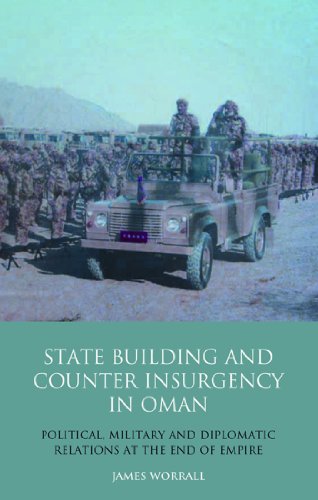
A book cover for Statebuilding and Counterinsurgency in Oman: Political, Military and Diplomatic Relations at the end of Empire (Library of Modern Middle East Studies); James Worrall; History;